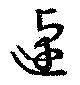
逴